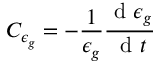
C _ { \epsilon _ { g } } = - \frac { 1 } { \epsilon _ { g } } \frac { \mathrm { ~ d ~ } \epsilon _ { g } } { \mathrm { ~ d ~ } t }